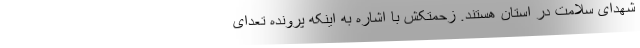
شهدای سلامت در استان هستند. زحمتکش با اشاره به اینکه پرونده تعدای